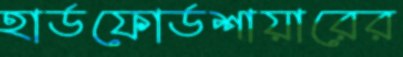
হার্ডফোর্ডশায়ারের